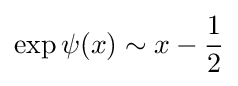
\exp \psi (x)\sim x-{\frac {1}{2}}